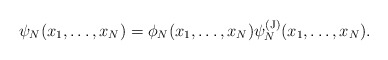
\begin{align*} \psi_N(x_1,\dots,x_N) = \phi_N(x_1,\dots,x_N) \psi_N^{(\mathrm{J})}(x_1,\dots,x_N).\end{align*}